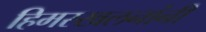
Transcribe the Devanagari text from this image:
हिमस्खलनांनी